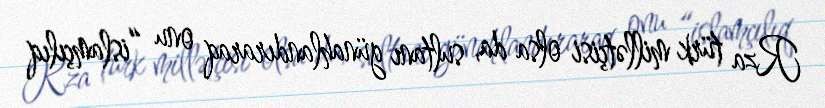
Rza türk millətçisi olsa da, sultanı günahlandıraraq onu “islamçılıq